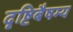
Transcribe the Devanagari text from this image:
दृष्टिबैषम्य